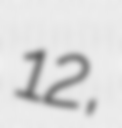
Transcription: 12,